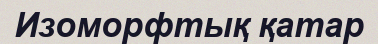
Изоморфтық қатар